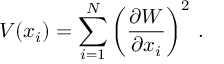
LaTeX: V ( x _ { i } ) = \sum _ { i = 1 } ^ { N } \left( \frac { \partial W } { \partial x _ { i } } \right) ^ { 2 } \, .